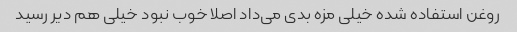
روغن استفاده شده خیلی مزه بدی می‌داد اصلا خوب نبود خیلی هم دیر رسید